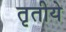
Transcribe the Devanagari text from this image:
तृतीये